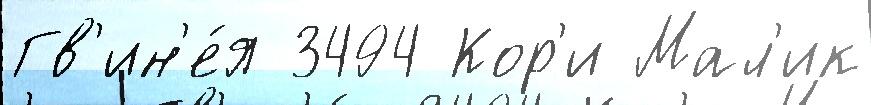
Гв'ин'е́я 3494 Кор'и Мал'ик